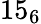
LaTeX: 15_{6}